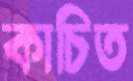
কাচিত